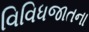
વિવિધજાતના